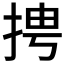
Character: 𱟼